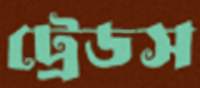
ট্রেডস